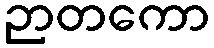
ဉာတကော